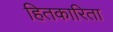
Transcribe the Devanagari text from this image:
हितकारिता